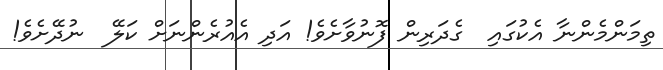
ތިމަންމެންނާ އެކުގައި  ގެދަރިން ފޮނުވާށެވެ! އަދި އެއުރެންނަށް ކަލޭ  ނުދޭށެވެ!